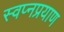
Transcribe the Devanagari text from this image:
स्वप्नप्रयाण